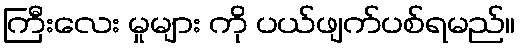
ကြီးလေး မှုများ ကို ပယ်ဖျက်ပစ်ရမည်။